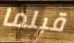
قبلما